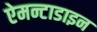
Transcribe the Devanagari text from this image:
ऐमन्टाडाइन